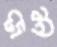
এল